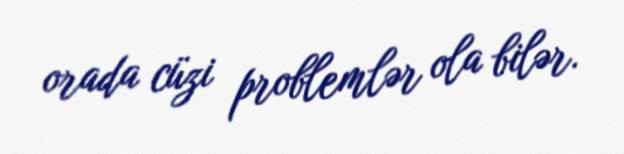
orada cüzi problemlər ola bilər.